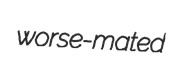
worse-mated